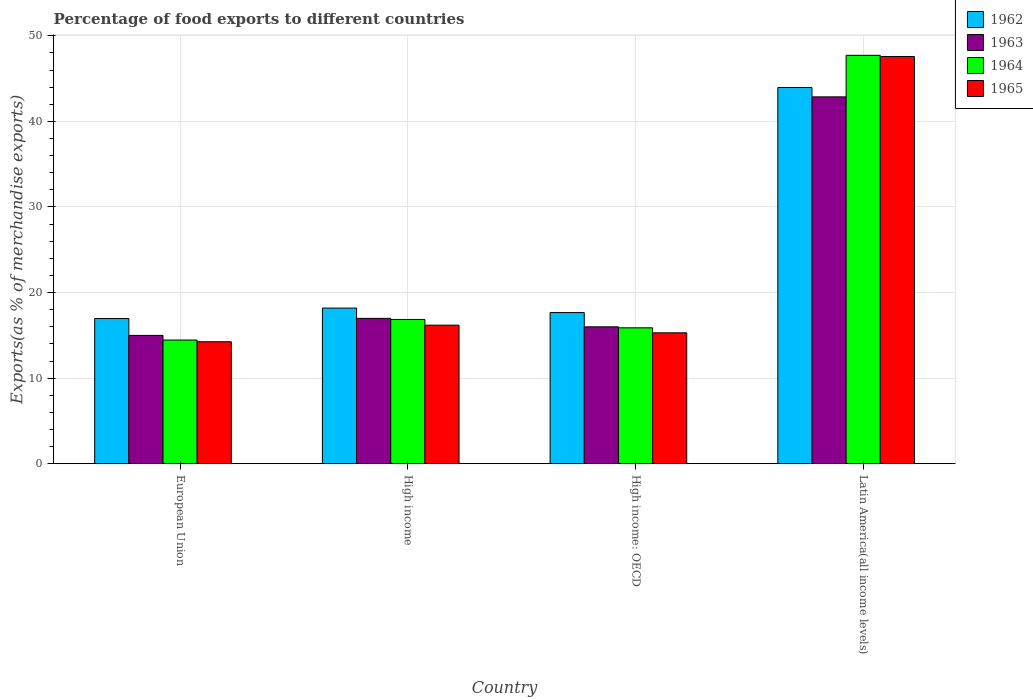
| Country | 1962 | 1963 | 1964 | 1965 |
 | --- | --- | --- | --- | --- |
 | European Union | 17 | 15 | 14.5 | 14.3 |
 | High income | 18.2 | 17 | 16.9 | 16.2 |
 | High income: OECD | 17.7 | 16 | 15.9 | 15.3 |
 | Latin America(all income levels) | 44 | 42.9 | 47.7 | 47.6 |